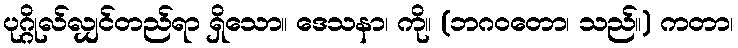
ပုဂ္ဂိုလ်လျှင်တည်ရာ ရှိသော။ ဒေသနာ၊ ကို။ (ဘဂဝတော၊ သည်။) ကတာ၊